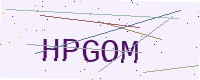
Text: HPGOM